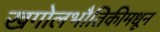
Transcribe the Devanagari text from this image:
खगोलभौतिकीमधून